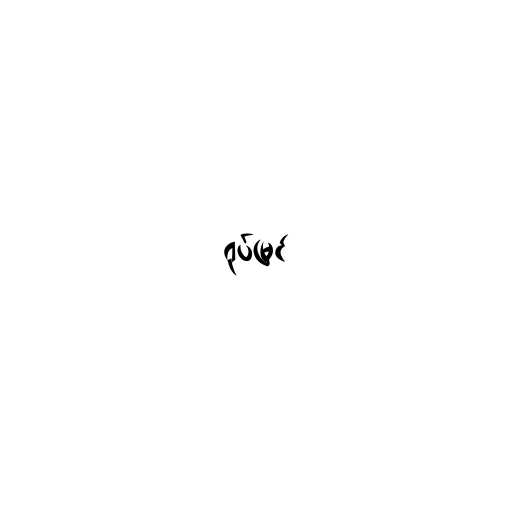
ရုပ်မြင်